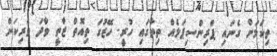
ތިކަމަށް ގެނައި ޕްރިންސިޕަލެއް ތިތާގައި ހުރީ. ހޭޒުގަ ތިއޮތް ޒާތީ ވާދަ ވެރިކަން